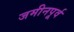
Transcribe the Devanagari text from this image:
जमीनपूर्व